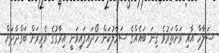
ސަލާހް އާއި ވަށްތަރުވެ ގިނަ ބައެއްގެ ސަމާލުކަން ހޯދައިފައިވަނީ އިރާގުގެ ވެރިރަށް ބަގްދާދަށް